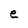
Character: e